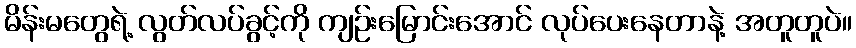
မိန်းမတွေရဲ့ လွတ်လပ်ခွင့်ကို ကျဉ်းမြောင်းအောင် လုပ်ပေးနေတာနဲ့ အတူတူပဲ။